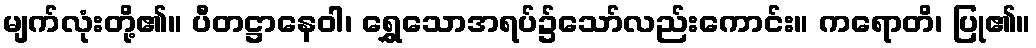
မျက်လုံးတို့၏။ ပီတဋ္ဌာနေဝါ၊ ရွှေသောအရပ်၌သော်လည်းကောင်း။ ကရောတိ၊ ပြု၏။